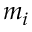
m _ { i }